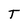
Character: T